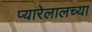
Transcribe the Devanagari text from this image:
प्यारेलालच्या